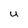
Character: u